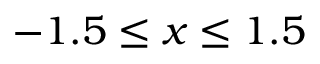
- 1 . 5 \leq x \leq 1 . 5